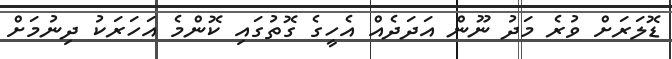
ޑޮލަރަށް ވުރެ މަދު ނޫން އަދަދެއް އެހީގެ ގޮތުގައި ކޮންމެ އަހަރަކު ދިނުމަށް